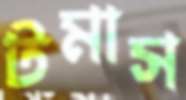
টমাস